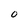
Character: O